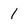
Character: 1